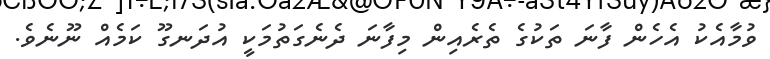
ވުމާއެކު އެހެން ފާނަ ތަކުގެ ތެރެއިން މިފާނަ ދެނެގަތުމަކީ އުދަނގޫ ކަމެއް ނޫނެވެ.